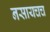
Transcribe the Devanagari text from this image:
नसायचच